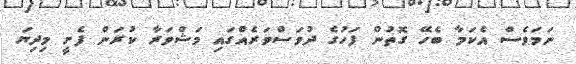
ނަމަވެސް އެކަމާ ބެހޭ ގޮތުން ފަހުގެ ދުވަސްވަރެއްގައި މަޝްވަރާ ކުރަން ފެށީ މިދިޔަ